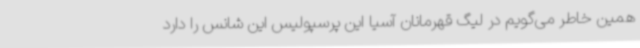
همین خاطر می‌گویم در لیگ قهرمانان آسیا این پرسپولیس این شانس را دارد